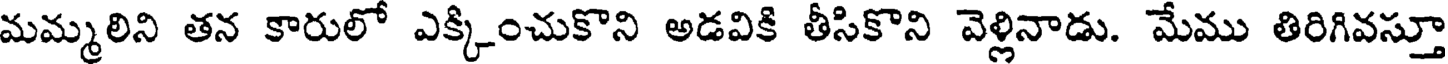
మమ్మలిని తన కారులో ఎక్కించుకొని అడవికి తీసికొని వెళ్లినాడు. మేము తిరిగివస్తూ